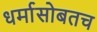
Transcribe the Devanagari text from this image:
धर्मासोबतच